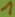
Text: 1